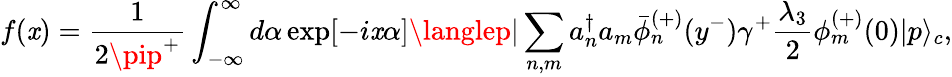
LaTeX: f(\mathit{x})=\frac{{1}}{{2\pip^{+}}}\int_{-\infty}^{\infty}d\alpha\exp[-i\mathit{x}\alpha]\langlep|\sum_{n,m}a_{n}^{\dagger}a_{m}\bar{{\phi}}_{n}^{(+)}(y^{-})\gamma^{+}\frac{{\lambda_{3}}}{{2}}\phi_{m}^{(+)}(0)|p\rangle_{c},